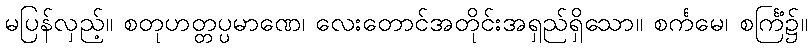
မပြန်လှည့်။ စတုဟတ္တပ္ပမာဏေ၊ လေးတောင်အတိုင်းအရှည်ရှိသော။ စင်္ကမေ၊ စင်္ကြံ၌။